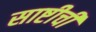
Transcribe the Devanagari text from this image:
साष्टीची